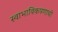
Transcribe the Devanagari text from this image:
स्वाभाविकपणाची